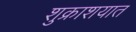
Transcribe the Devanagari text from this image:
शुक्राशयात